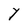
Character: Y